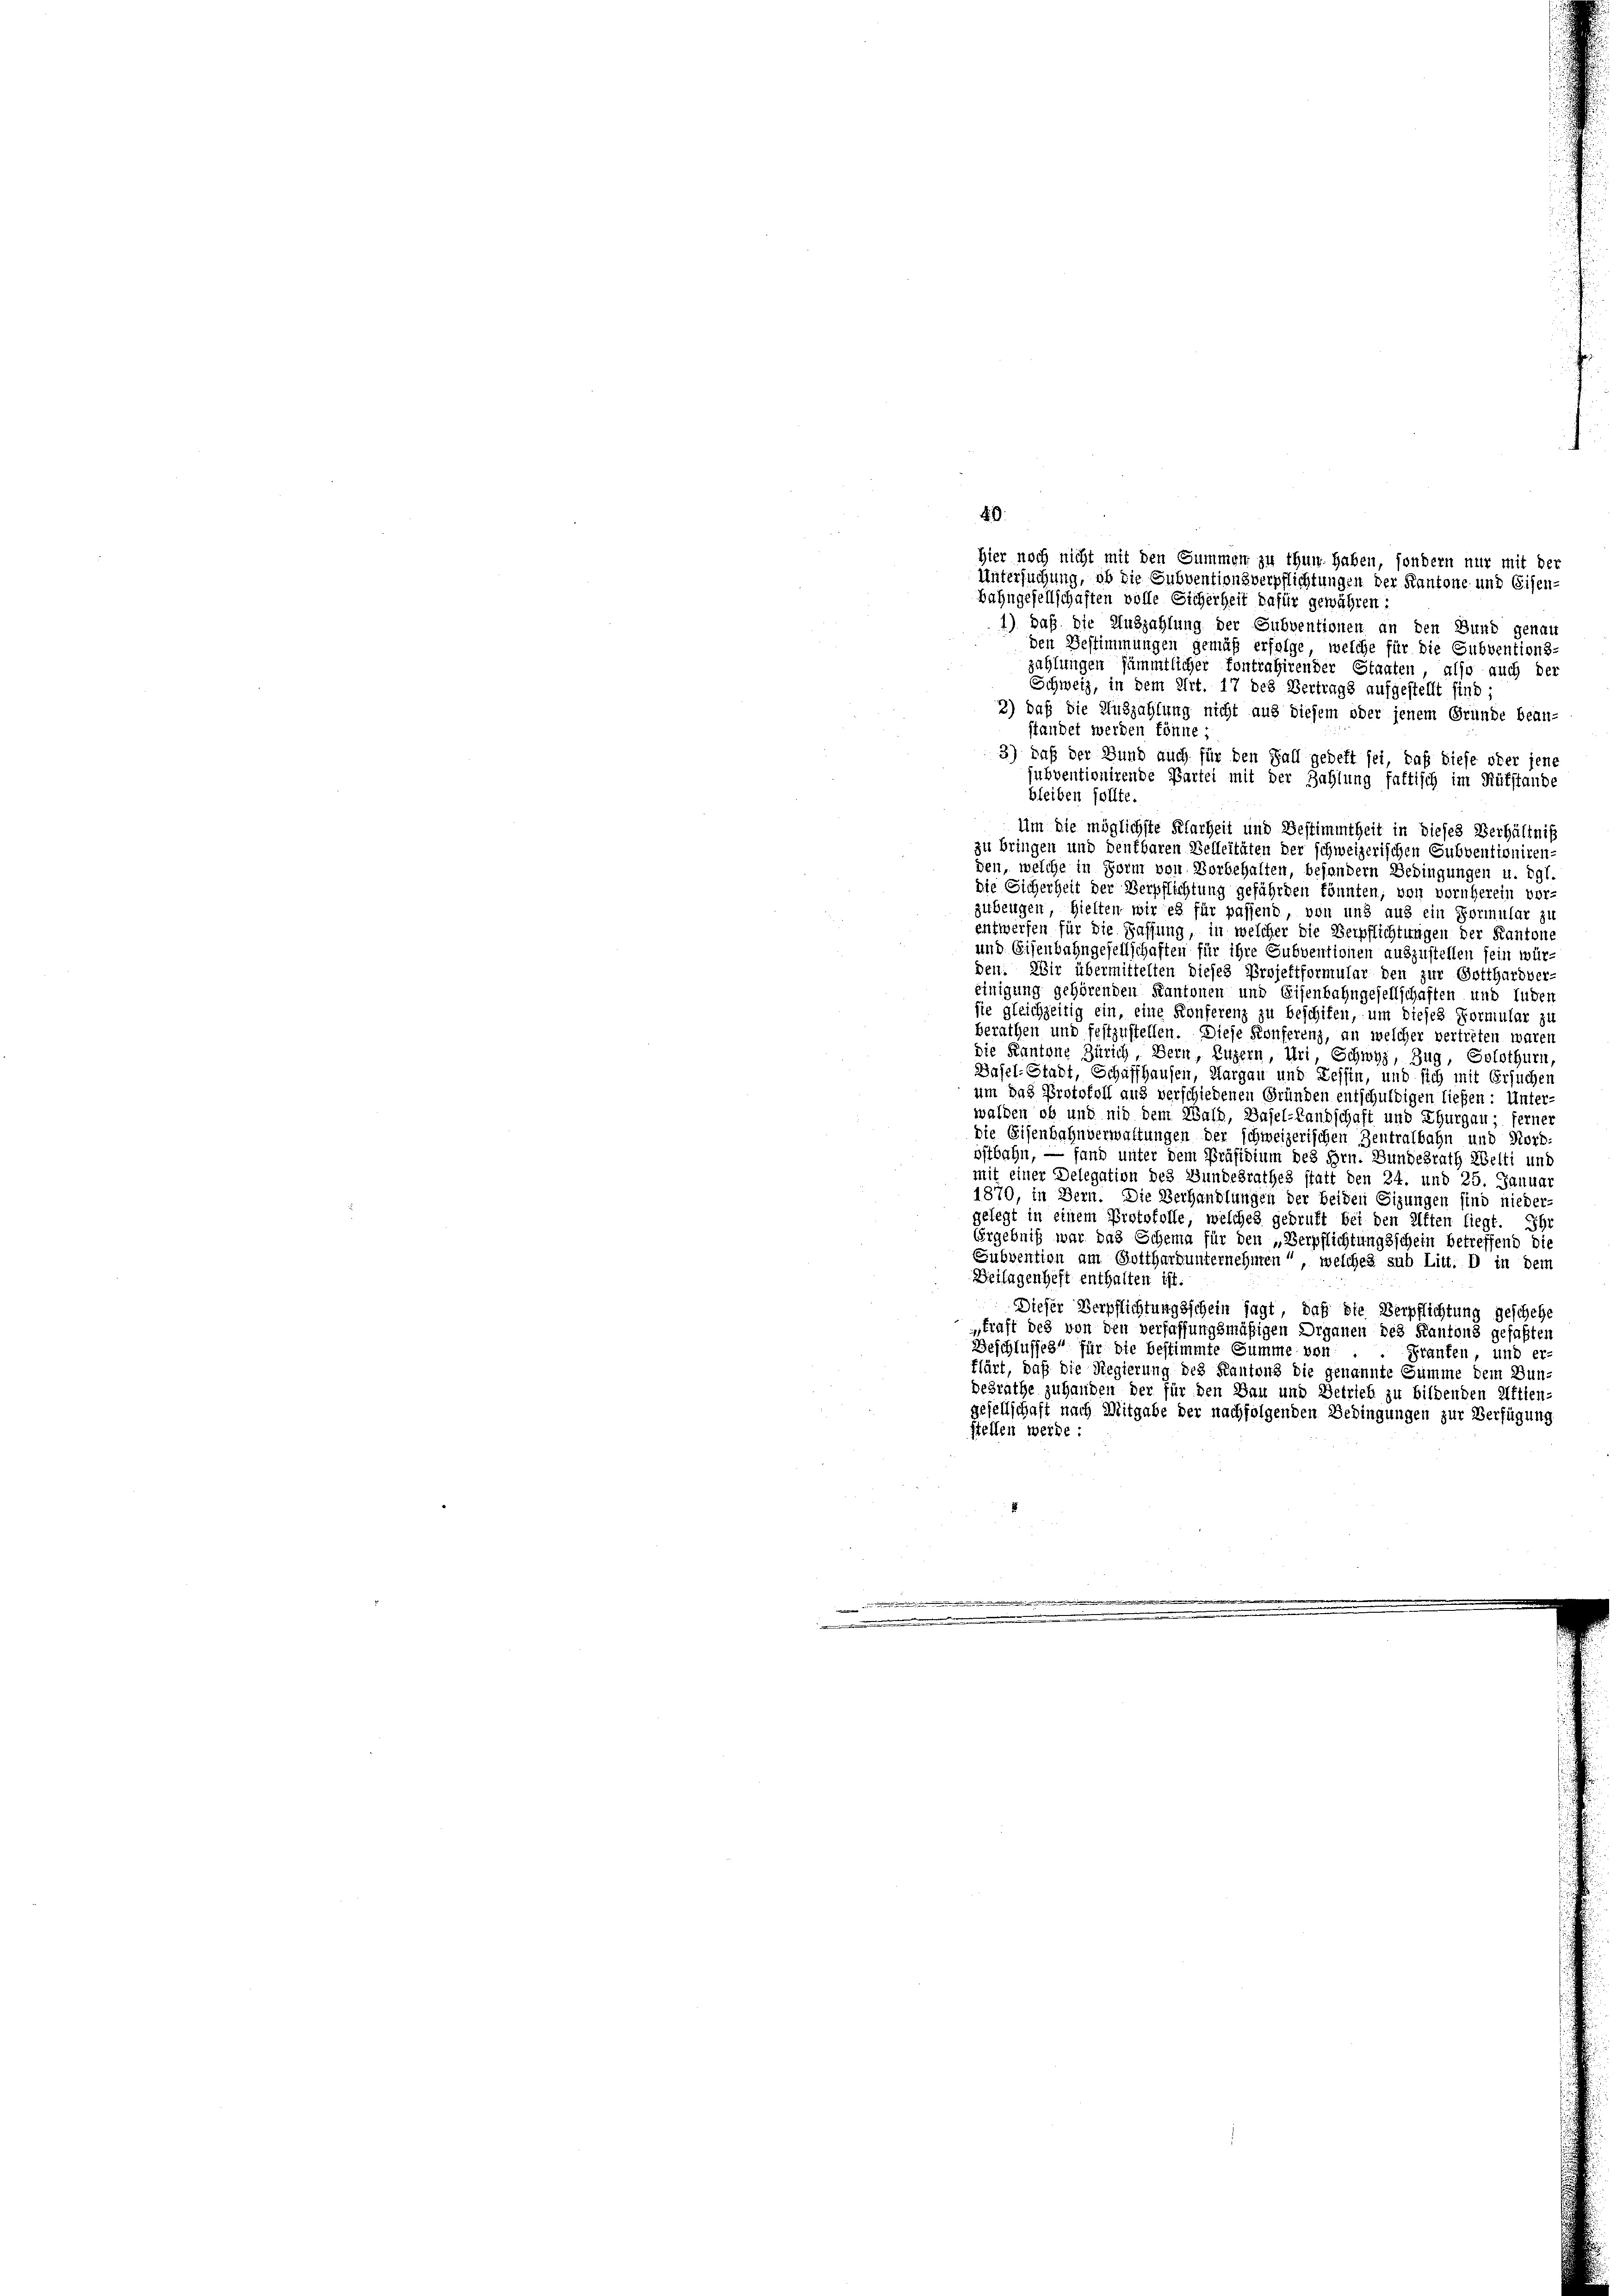
n

40

1) Daß die Auszahlung der Subventionen an den Bund genau
den Bestimmungen gemäß erfolge, welche für die Subventions-
zahlungen sämmtlicher fontrahirender Staaten, also auch der
Schweiz, in dem Art. 17 des Vertrags aufgestellt sind;
3) daß die Auszahlung nicht auf diesem oder jenem Gründe bean-
standet werden könne;
3) daß der Bund auch für den Fall gedeft sei, daß diese oder jene
jubventionirende Partei mit der Zahlung fattisch im Rütstande
bleiben sollte.
Um die möglichste Klarheit und Bestimmtheit in dieses Verhältniß
zu bringen und denkbaren Belleitäten der schweizerischen Subventioniren-
den, welche in Form von Vorbehalten, behandern Bedingungen u. dgl.
die Sicherheit der Verpflichtung gefährten könnten, von vornherein vor-
zubeugen, hielten wir es für passend, von und aus ein Formular zu
entwerfen für die Fassung, in welcher die Verpflichtungen der Kantone
und Eisenbahngesellschaften für ihre Subventionen auszustellen sein wür-
den: Wir übermittelten dieses Projettformular den zur Gotthardver-
einigung gehörenden Kantonen und Eisenbahngesellschaften und luden
sie gleichzeitig ein, eine Konferenz zu beschifen, um dieses Formular zu
berathen und festzustellen. Diese Konferenz, an welcher vertreten waren
die Kantone Zürich, Bern, Luzern, Uri, Schwyz, Zug, Solothurn,
Basel-Stadt, Schaffhausen, Aargau und Tessin, und sich mit Ersuchen
um das Protokoll aus verschiedenen Gründen entschuldigen ließen: Unter-
walden ob und nid dem Wald, Basel-Landschaft und Thurgau, ferner
die Eisenbahnverwaltungen der schweizerischen Zentralbahn und Nord-
ostbahn, — fand unter dem Präsidium des Hrn. Bundesrath Welti und
mit einer Delegation des Bundesrathes statt den 24. und 25. Janua
1870, in Bern. Die Verhandlungen der beiden Sizungen sind nieder-
gelegt in einem Protokolle, welches gebruft bei den Aften liegt. Ihr
Ergebniß war das Schema für den „Verpflichtungsschein betreffend die
Subvention am Gotthardunternehmen“, welches sub Litt. D in dem
Beilagenheft enthalten ist.
Dieser Verpflichtungsschein sagt, daß die Verpflichtung geschehe
traft des von den verfassungsmäßigen Organen des Kantons gefaßten
Beschlusses für die bestimmte Summe von . . Franken, und er-
flärt, daß die Regierung des Kantoirs die genannte Summe dem Bun-
desrathe zuhanden der für den Bau und Betrieb zu bildenden Aftien-
gesellschaft nach Mitgabe der nachfolgenden Bedingungen zur Verfügung
stellen werde:

Hier noch nicht mit den Summen zu thun haben, sondern nur mit der
Untersuchung, ob die Subventionsverpflichtungen der Kantone und Eisen-
Bahngesellschaften volle Sicherheit dafür gewähren: